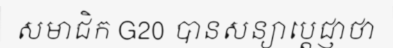
សមាជិក G20 បានសន្យាប្តេជ្ញាថា